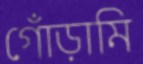
গোঁড়ামি